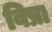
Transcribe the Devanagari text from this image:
विप्रा